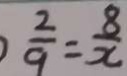
\frac { 2 } { 9 } = \frac { 8 } { x }